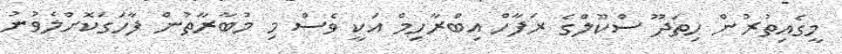
މީގެއިތުރުން ހިތަދޫ ސްކޫލްގެ ރަފާހް އިބްރާހިމް އަކީ ވެސް މި މުބާރާތުން ފާހަގަކޮށްލެވުނު